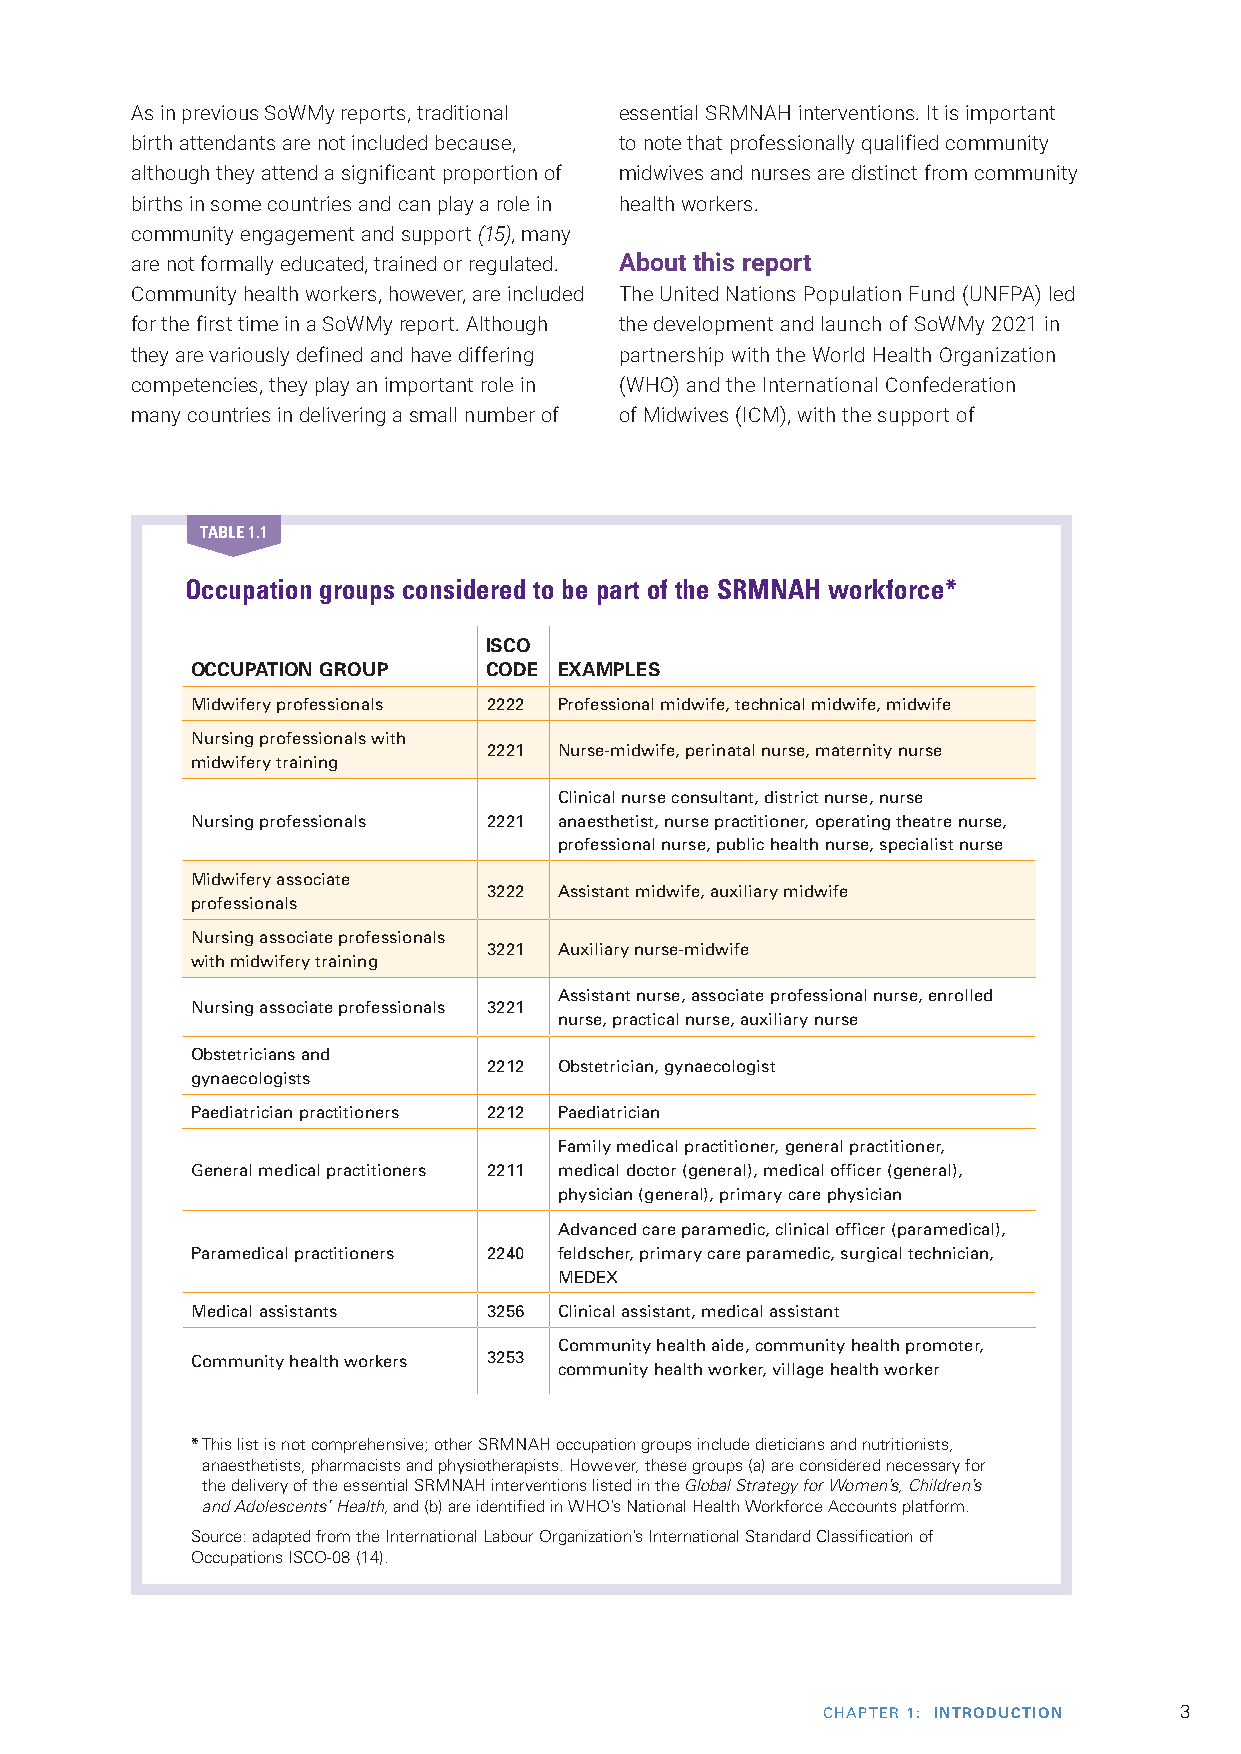
As in previous SoWMy reports, traditional essential SRMNAH interventions. It is important
 birth attendants are not included because, to note that professionally qualified community
 although they attend a significant proportion of midwives and nurses are distinct from community
 births in some countries and can play a role in health workers.
 community engagement and support (15), many
 are not formally educated, trained or regulated. About this report
 Community health workers, however, are included The United Nations Population Fund (UNFPA) led
 for the first time in a SoWMy report. Although the development and launch of SoWMy 2021 in
 they are variously defined and have differing partnership with the World Health Organization
 competencies, they play an important role in (WHO) and the International Confederation
 many countries in delivering a small number of of Midwives (ICM), with the support of
 TABLE 1.1
 Occupation groups considered to be part of the SRMNAH workforce*
 ISCO
 OCCUPATION GROUP   CODE EXAMPLES
 Midwifery professionals 2222 Professional midwife, technical midwife, midwife
 Nursing professionals with
 2221 Nurse-midwife, perinatal nurse, maternity nurse
 midwifery training
 Clinical nurse consultant, district nurse, nurse
 Nursing professionals 2221 anaesthetist, nurse practitioner, operating theatre nurse,
 professional nurse, public health nurse, specialist nurse
 Midwifery associate
 3222 Assistant midwife, auxiliary midwife
 professionals
 Nursing associate professionals
 3221 Auxiliary nurse-midwife
 with midwifery training
 Assistant nurse, associate professional nurse, enrolled
 Nursing associate professionals 3221
 nurse, practical nurse, auxiliary nurse
 Obstetricians and
 2212 Obstetrician, gynaecologist
 gynaecologists
 Paediatrician practitioners 2212 Paediatrician
 Family medical practitioner, general practitioner,
 General medical practitioners 2211 medical doctor (general), medical officer (general),
 physician (general), primary care physician
 Advanced care paramedic, clinical officer (paramedical),
 Paramedical practitioners 2240 feldscher, primary care paramedic, surgical technician,
 MEDEX
 Medical assistants 3256 Clinical assistant, medical assistant
 Community health aide, community health promoter,
 Community health workers 3253
 community health worker, village health worker
 * This list is not comprehensive; other SRMNAH occupation groups include dieticians and nutritionists,
 anaesthetists, pharmacists and physiotherapists. However, these groups (a) are considered necessary for
 the delivery of the essential SRMNAH interventions listed in the Global Strategy for Women’s, Children’s
 and Adolescents’ Health, and (b) are identified in WHO’s National Health Workforce Accounts platform.
 Source: adapted from the International Labour Organization’s International Standard Classification of
 Occupations ISCO-08 (14).
 CHAPTER 1: INTRODUCTION 3